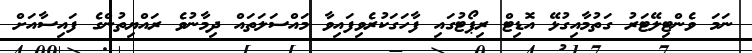
ނަމަ ވެންޓިލޭޓަރު ގަތުމާއިގުޅޭ އޮޑިޓް ރިޕޯޓުގައި ފާހަގަކުރެވިފައިވާ މައްސަލަތައް ދިމާނުވެ ރައްޔިތުންގެ ފައިސާއަށް